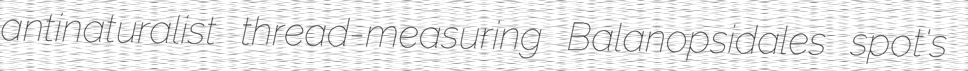
antinaturalist thread-measuring Balanopsidales spot's